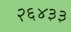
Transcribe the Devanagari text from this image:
२६४३३